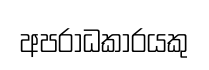
අපරාධකාරයකු